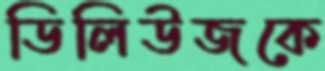
ডিলিউজকে